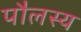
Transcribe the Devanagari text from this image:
पौलस्य